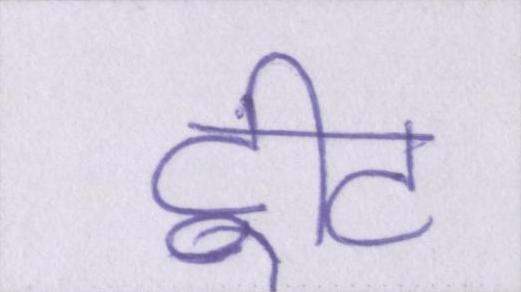
ट्वीट